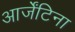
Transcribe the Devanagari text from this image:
आर्जेंटिना